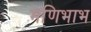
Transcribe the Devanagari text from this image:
मणिभाभ